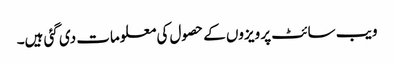
ویب سائٹ پر ویزوں کے حصول کی معلومات دی گئی ہیں۔